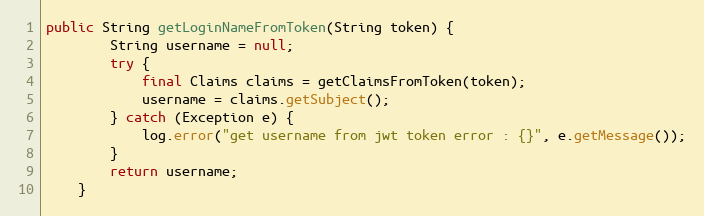
Language: Java
public String getLoginNameFromToken(String token) {
        String username = null;
        try {
            final Claims claims = getClaimsFromToken(token);
            username = claims.getSubject();
        } catch (Exception e) {
            log.error("get username from jwt token error : {}", e.getMessage());
        }
        return username;
    }